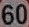
60